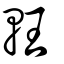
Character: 軖